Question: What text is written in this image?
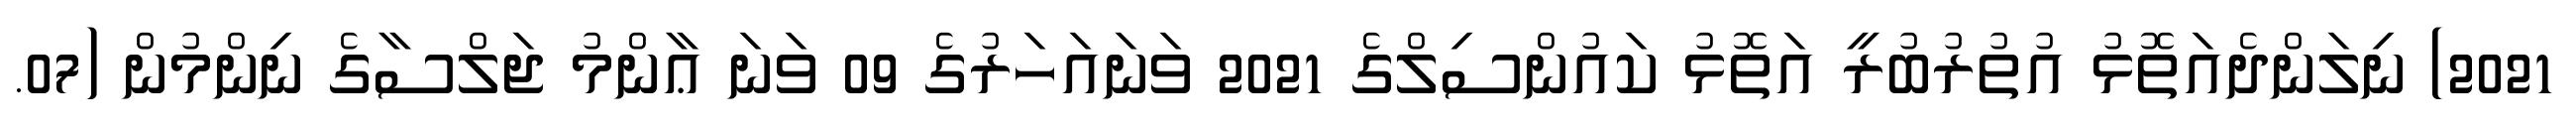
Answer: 2021) ނިލަންދެއަތޮޅު އުތުރުބުރީ އަތޮޅު ކައުންސިލްގެ 2021 ވަނައަހަރުގެ 09 ވަނަ ޢާންމު ޖަލްސާގެ ނިންމުން (07.